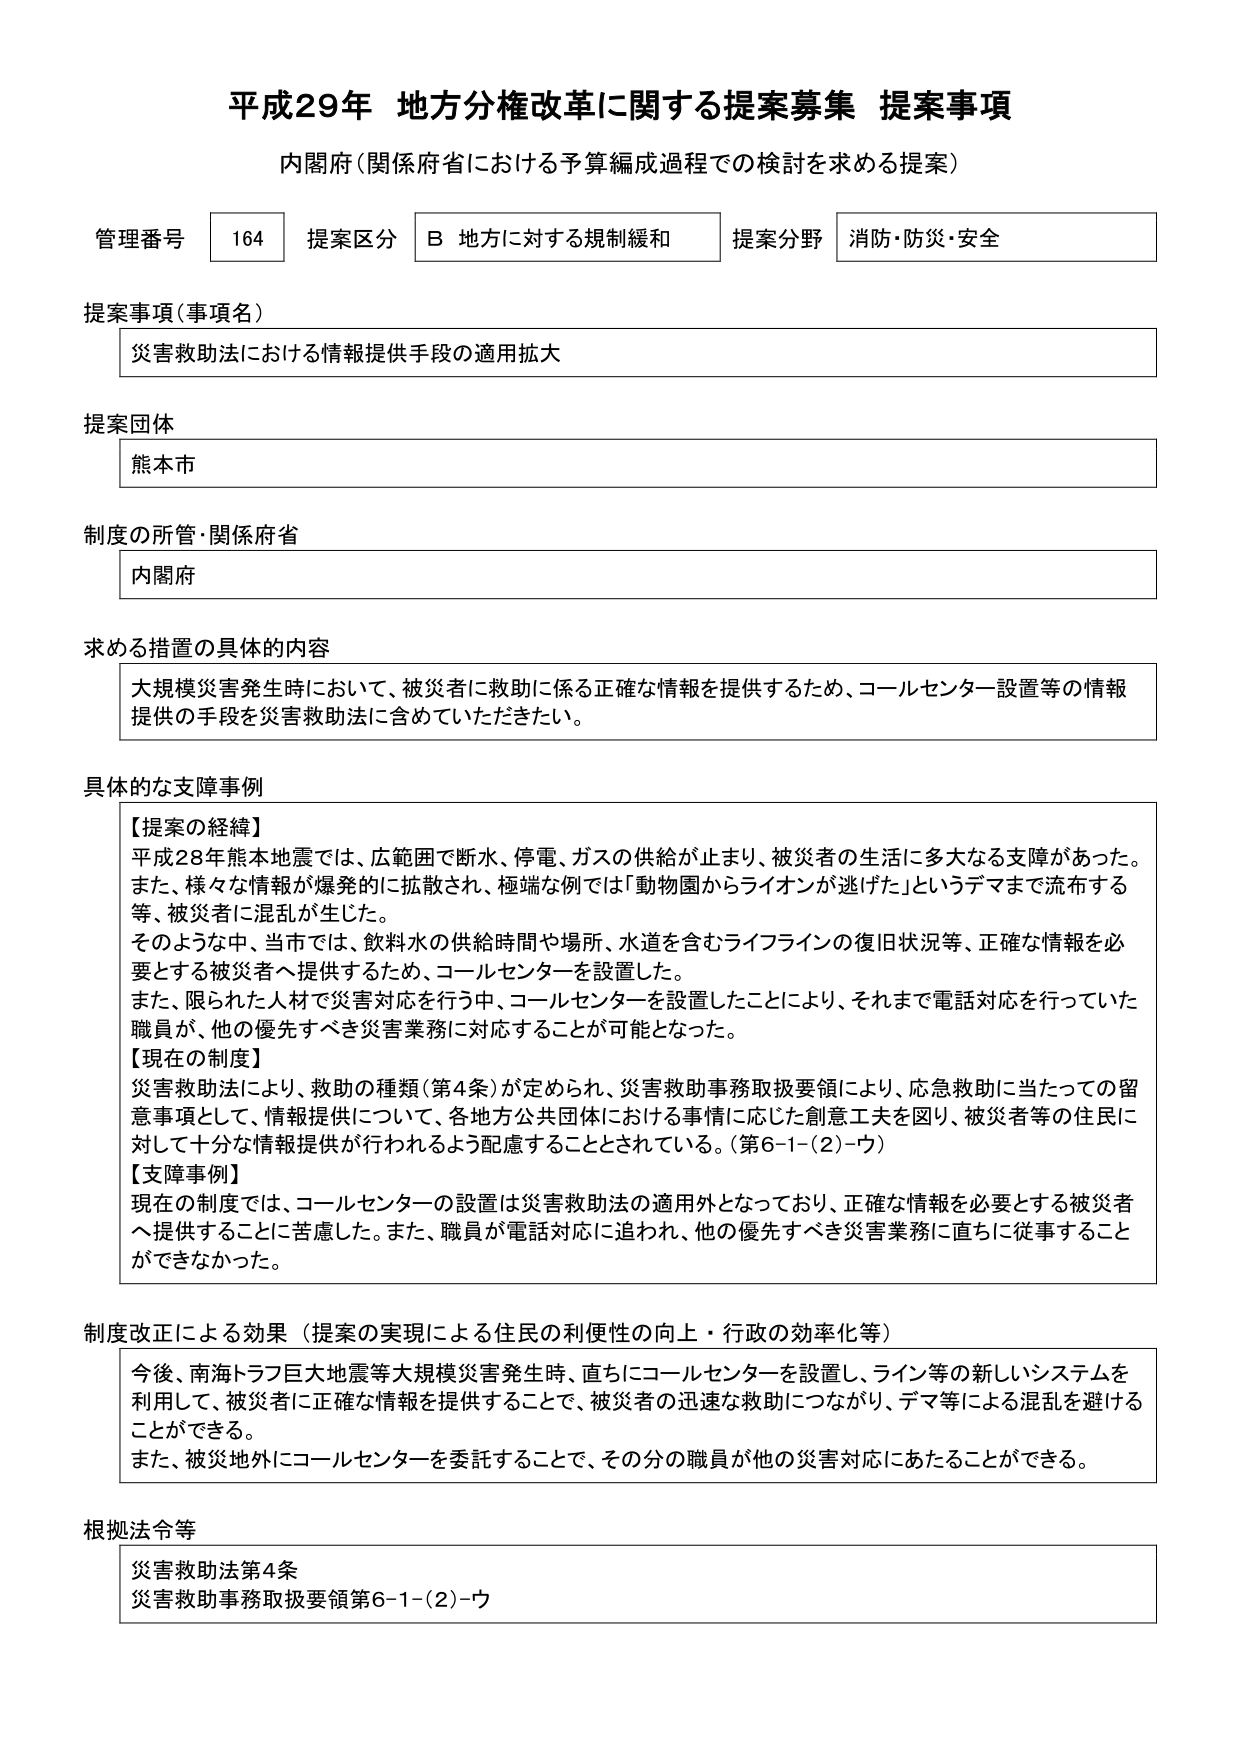
平成29年 地方分権改革に関する提案募集 提案事項
内閣府（関係府省における予算編成過程での検討を求める提案）

管理番号 164 提案区分 B 地方に対する規制緩和 提案分野 消防・防災・安全

提案事項（事項名）
災害救助法における情報提供手段の適用拡大

提案団体
熊本市

制度の所管・関係府省
内閣府

求める措置の具体的内容
大規模災害発生時において、被災者に救助に係る正確な情報を提供するため、コールセンター設置等の情報提供の手段を災害救助法に含めていただきたい。

具体的な支障事例
【提案の経緯】
平成28年熊本地震では、広範囲で断水、停電、ガスの供給が止まり、被災者の生活に多大なる支障があった。また、様々な情報が爆発的に拡散され、極端な例では「動物園からライオンが逃げた」というデマまで流布する等、被災者に混乱が生じた。
そのような中、当市では、飲料水の供給時間や場所、水道を含むライフラインの復旧状況等、正確な情報を必要とする被災者へ提供するため、コールセンターを設置した。
また、限られた人材で災害対応を行う中、コールセンターを設置したことにより、それまで電話対応を行っていた職員が、他の優先すべき災害業務に対応することが可能となった。
【現在の制度】
災害救助法により、救助の種類（第4条）が定められ、災害救助事務取扱要領により、応急救助に当たっての留意事項として、情報提供について、各地方公共団体における事情に応じた創意工夫を図り、被災者等の住民に対して十分な情報提供が行われるよう配慮することとされている。（第6-1-(2)-ウ）
【支障事例】
現在の制度では、コールセンターの設置は災害救助法の適用外となっており、正確な情報を必要とする被災者へ提供することに苦慮した。また、職員が電話対応に追われ、他の優先すべき災害業務に直ちに従事することができなかった。

制度改正による効果（提案の実現による住民の利便性の向上・行政の効率化等）
今後、南海トラフ巨大地震等大規模災害発生時、直ちにコールセンターを設置し、ライン等の新しいシステムを利用して、被災者に正確な情報を提供することで、被災者の迅速な救助につながり、デマ等による混乱を避けることができる。
また、被災地外にコールセンターを委託することで、その分の職員が他の災害対応にあたることができる。

根拠法令等
災害救助法第4条
災害救助事務取扱要領第6-1-(2)-ウ